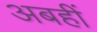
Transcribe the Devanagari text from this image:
अबहीं